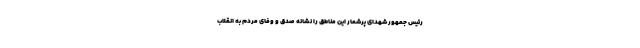
رئیس جمهور شهدای پرشمار این مناطق را نشانه صدق و وفای مردم به انقلاب